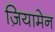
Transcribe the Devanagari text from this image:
ज़ियामेन